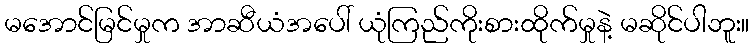
မအောင်မြင်မှုက အာဆီယံအပေါ် ယုံကြည်ကိုးစားထိုက်မှုနဲ့ မဆိုင်ပါဘူး။